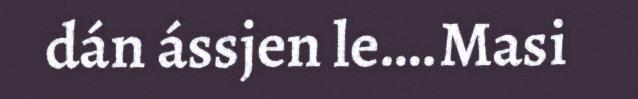
dán ássjen le….Masi